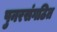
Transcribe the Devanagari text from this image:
पुनरसंगठित